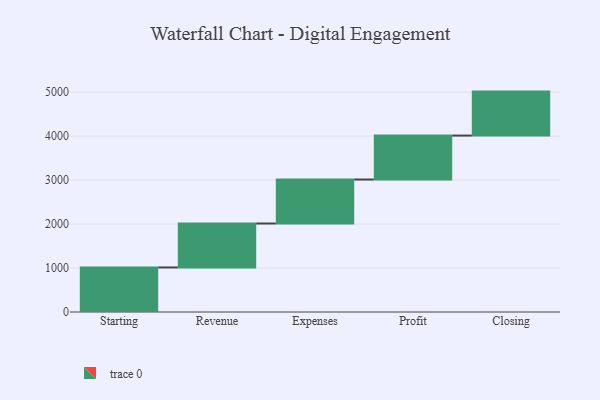
{"axis": {"x": "Step", "y": "Value"}, "legend": [""], "data": [{"x": "Starting", "y": 1013.0, "type": ""}, {"x": "Revenue", "y": 1000, "type": ""}, {"x": "Expenses", "y": 1000, "type": ""}, {"x": "Profit", "y": 1000, "type": ""}, {"x": "Closing", "y": 1000, "type": ""}]}